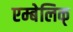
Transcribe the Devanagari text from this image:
एम्बेलिक्